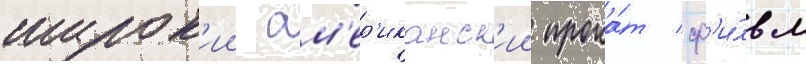
широк'ии ам'ер'иканск'ии прока́т ф'и́льм